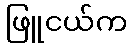
ဖြူငယ်က